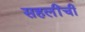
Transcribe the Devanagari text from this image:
सहलींची